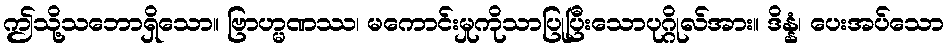
ဤသို့သဘောရှိသော။ ဗြာဟ္မဏဿ၊ မကောင်းမှုကိုသာပြုပြီးသောပုဂ္ဂိုလ်အား။ ဒိန္နံ၊ ပေးအပ်သော